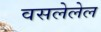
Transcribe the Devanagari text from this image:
वसलेलेल